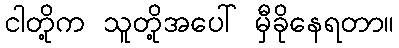
ငါတို့က သူတို့အပေါ် မှီခိုနေရတာ။